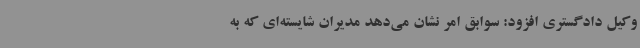
وکیل دادگستری افزود: سوابق امر نشان می‌دهد مدیران شایسته‌ای که به